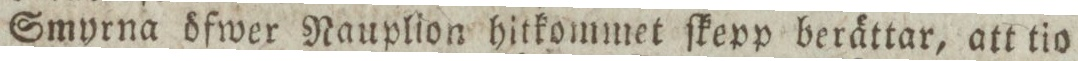
Smyrna öfwer Nauplion hitkommet ſkepp berättar, att tio